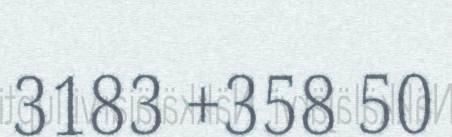
3183 +358 50